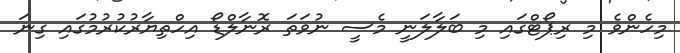
މިހެންވެ މި ރިޕޯޓްގައި މި ބަލާލަނީ މެސީ ނުވަތަ ރޮނާލްޑޯ އިހްތިޔާރުކުރުމުގައި ގިނަ